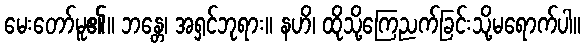
မေးတော်မူ၏။ ဘန္တေ၊ အရှင်ဘုရား။ နဟိ၊ ထိုသို့ကြေညက်ခြင်းသို့မရောက်ပါ။